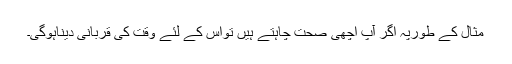
مثال کے طورپہ اگر آپ اچھی صحت چاہتے ہیں تواس کے لئے وقت کی قربانی دیناہوگی۔